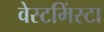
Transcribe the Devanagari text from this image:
वेस्टमिंस्टा